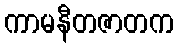
ကာမနီတဇာတက